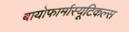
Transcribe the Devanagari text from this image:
बायोफार्मास्यूटिकल्स